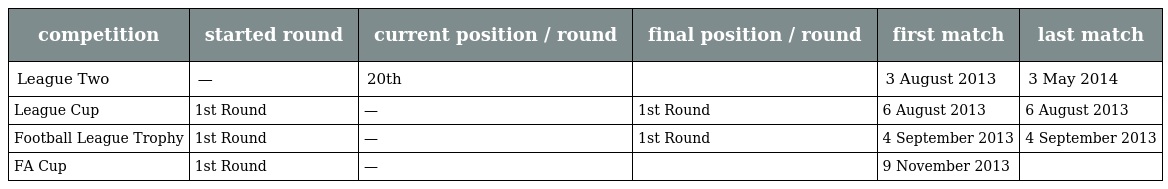
| competition | started round | current position / round | final position / round | first match | last match |
 | --- | --- | --- | --- | --- | --- |
 | League Two | — | 20th |  | 3 August 2013 | 3 May 2014 |
 | League Cup | 1st Round | — | 1st Round | 6 August 2013 | 6 August 2013 |
 | Football League Trophy | 1st Round | — | 1st Round | 4 September 2013 | 4 September 2013 |
 | FA Cup | 1st Round | — |  | 9 November 2013 |  |